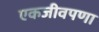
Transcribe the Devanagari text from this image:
एकजीवपणा